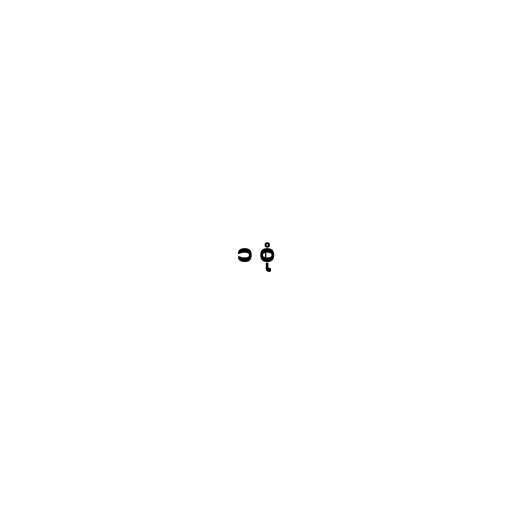
၁ စုံ